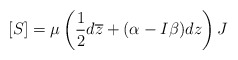
\begin{align*}[S]=\mu\left(\frac{1}{2}d\overline{z}+(\alpha-I\beta)dz\right)J\end{align*}